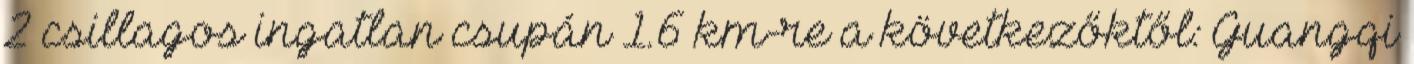
2 csillagos ingatlan csupán 1.6 km-re a következőktől: Guangqi